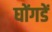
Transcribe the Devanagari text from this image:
घोंगडें